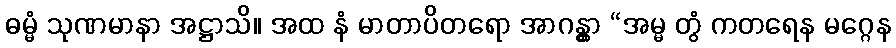
ဓမ္မံ သုဏမာနာ အဋ္ဌာသိ။ အထ နံ မာတာပိတရော အာဂန္တွာ “အမ္မ တွံ ကတရေန မဂ္ဂေန